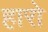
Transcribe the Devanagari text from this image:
हारो